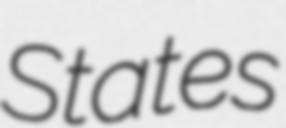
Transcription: States